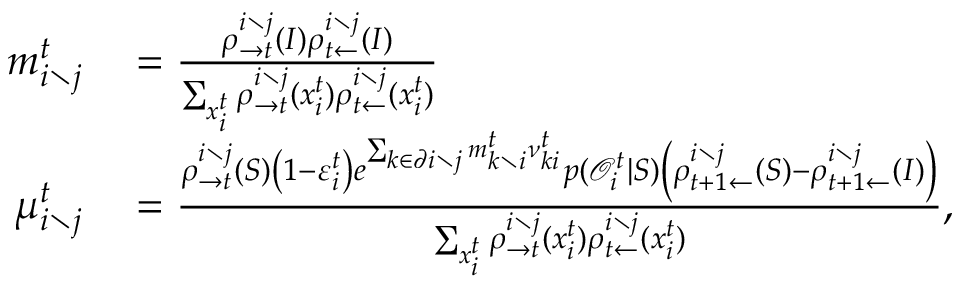
\begin{array} { r l } { m _ { i \setminus j } ^ { t } } & { { } = \frac { \rho _ { \rightarrow t } ^ { i \setminus j } ( I ) \rho _ { t \leftarrow } ^ { i \setminus j } ( I ) } { \sum _ { x _ { i } ^ { t } } \rho _ { \rightarrow t } ^ { i \setminus j } ( x _ { i } ^ { t } ) \rho _ { t \leftarrow } ^ { i \setminus j } ( x _ { i } ^ { t } ) } } \\ { \mu _ { i \setminus j } ^ { t } } & { { } = \frac { \rho _ { \rightarrow t } ^ { i \setminus j } ( S ) \left( 1 - \varepsilon _ { i } ^ { t } \right) e ^ { \sum _ { k \in \partial i \setminus j } m _ { k \setminus i } ^ { t } \nu _ { k i } ^ { t } } p ( \mathcal { O } _ { i } ^ { t } | S ) \left( \rho _ { t + 1 \leftarrow } ^ { i \setminus j } ( S ) - \rho _ { t + 1 \leftarrow } ^ { i \setminus j } ( I ) \right) } { \sum _ { x _ { i } ^ { t } } \rho _ { \rightarrow t } ^ { i \setminus j } ( x _ { i } ^ { t } ) \rho _ { t \leftarrow } ^ { i \setminus j } ( x _ { i } ^ { t } ) } , } \end{array}